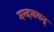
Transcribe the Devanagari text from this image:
मन्दमवन्